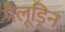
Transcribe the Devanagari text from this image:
पैलूड्रिन